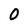
Character: 0